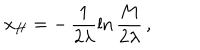
LaTeX: x _ { H } = - \, \frac { 1 } { 2 \lambda } \ln \frac { M } { 2 \lambda } \, ,